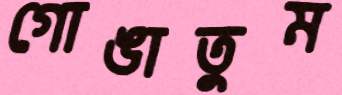
গোঙাতুম